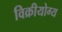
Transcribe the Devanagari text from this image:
विक्रीयोग्य